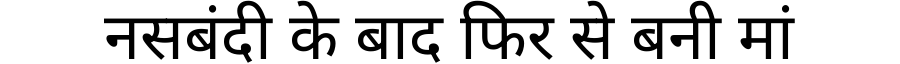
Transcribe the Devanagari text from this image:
नसबंदी के बाद फिर से बनी मां